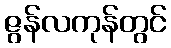
ဇွန်လကုန်တွင်